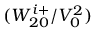
( W _ { 2 0 } ^ { i + } / V _ { 0 } ^ { 2 } )